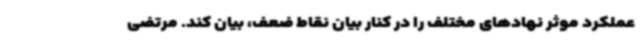
عملکرد موثر نهادهای مختلف را در کنار بیان نقاط ضعف، بیان کند. مرتضی